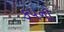
કપનો